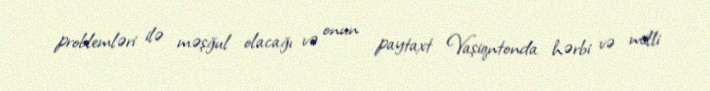
problemləri ilə məşğul olacağı və onun paytaxt Vaşiqntonda hərbi və milli